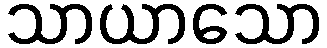
သာယာသော